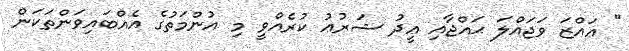
" ޢައްޒަ ވަޖައްލަ ޙައްޖާއި ޢީދު ޝަރުޢު ކުރެއްވީ މި އުންމަތުގެ އެއްބައިވަންތަކަން